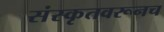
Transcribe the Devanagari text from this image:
संस्कृतवरूनच